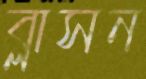
ব্লাসন